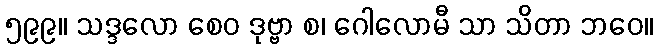
၅၉၉။ သဒ္ဒလော စေဝ ဒုဗ္ဗာ စ၊ ဂေါလောမီ သာ သိတာ ဘဝေ။